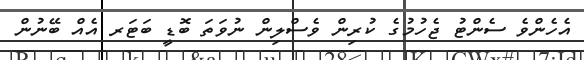
އެހެންވެ ސެންޓު ޖެހުމުގެ ކުރިން ވެސްލިން ނުވަތަ ބޮޑީ ބަޓަރ އެއް ބޭނުން